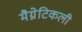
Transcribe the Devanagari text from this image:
मैग्नेटिकली